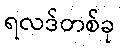
ရလဒ်တစ်ခု